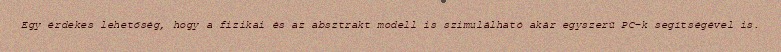
Egy érdekes lehetőség, hogy a fizikai és az absztrakt modell is szimulálható akár egyszerű PC-k segítségével is.